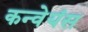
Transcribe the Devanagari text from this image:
कन्वेयंस